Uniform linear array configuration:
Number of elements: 24
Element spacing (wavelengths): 0.75
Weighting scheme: binomial
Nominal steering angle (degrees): -45
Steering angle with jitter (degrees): -44.188
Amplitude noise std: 0.05
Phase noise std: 0.05

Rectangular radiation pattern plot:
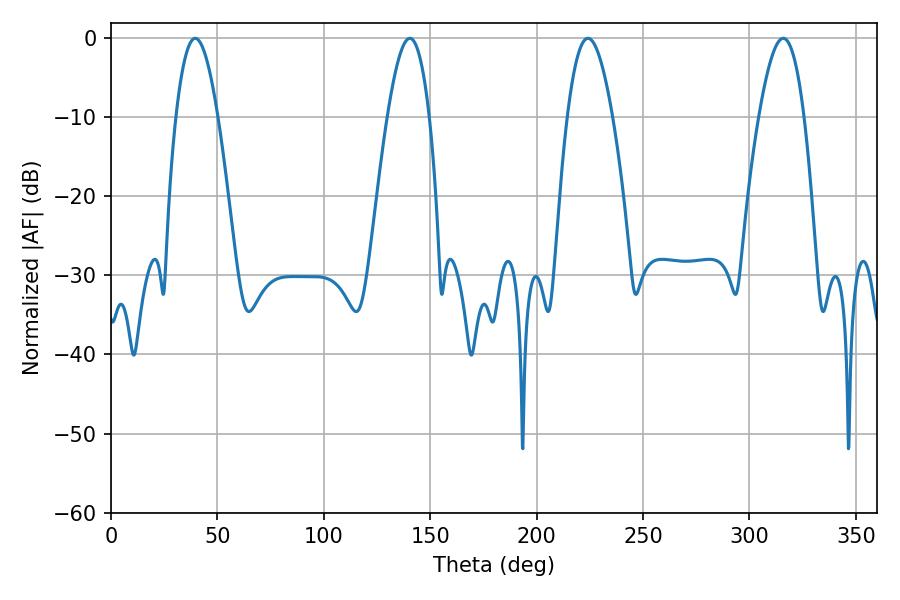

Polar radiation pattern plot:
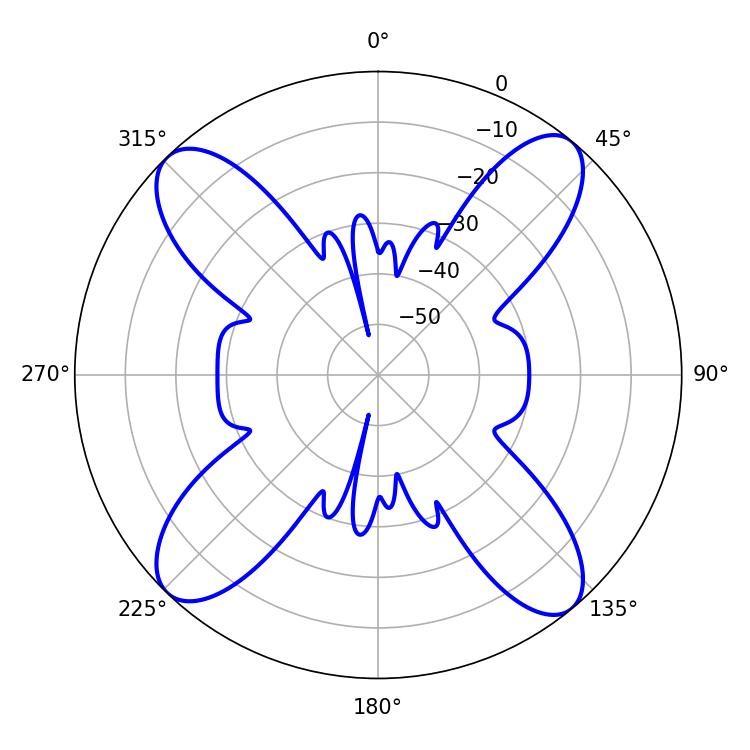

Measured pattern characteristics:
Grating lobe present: TRUE
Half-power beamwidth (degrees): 11.52
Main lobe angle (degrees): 224.1